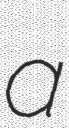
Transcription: a